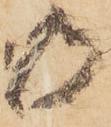
御